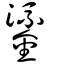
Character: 鎏